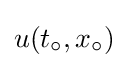
u(t_{\circ },x_{\circ })